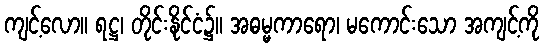
ကျင့်လော။ ရဋ္ဌ၊ တိုင်းနိုင်ငံ၌။ အဓမ္မကာရော၊ မကောင်းသော အကျင့်ကို